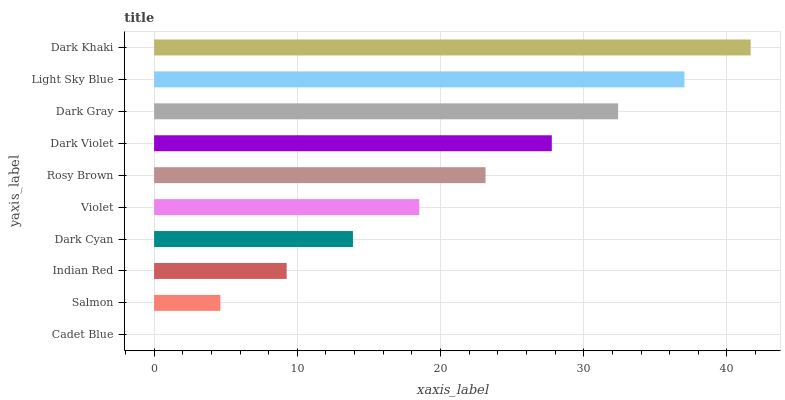
| yaxis_label | bars |
 | --- | --- |
 | Cadet Blue | 0 |
 | Salmon | 4.63 |
 | Indian Red | 9.26 |
 | Dark Cyan | 13.9 |
 | Violet | 18.5 |
 | Rosy Brown | 23.1 |
 | Dark Violet | 27.8 |
 | Dark Gray | 32.4 |
 | Light Sky Blue | 37 |
 | Dark Khaki | 41.7 |